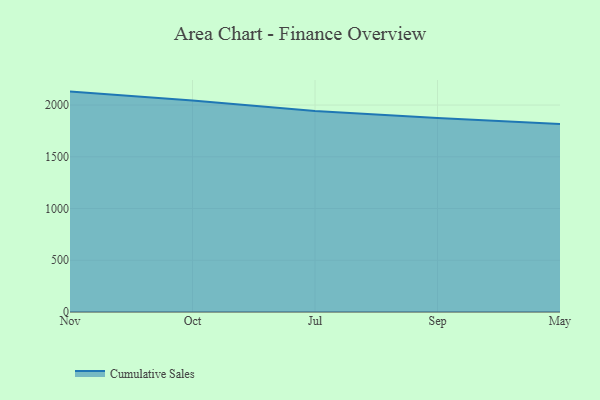
{"axis": {"x": "Month", "y": "Gross Profit (USD K)"}, "legend": ["Cumulative Sales"], "data": [{"x": "Nov", "y": 2130.1, "type": "Cumulative Sales"}, {"x": "Oct", "y": 2044.9, "type": "Cumulative Sales"}, {"x": "Jul", "y": 1941.4, "type": "Cumulative Sales"}, {"x": "Sep", "y": 1874.4, "type": "Cumulative Sales"}, {"x": "May", "y": 1817.6, "type": "Cumulative Sales"}]}